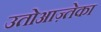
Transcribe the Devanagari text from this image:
उतोआज़्तेका